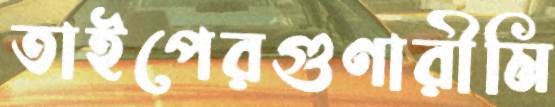
তাইপেরগুণারীমি